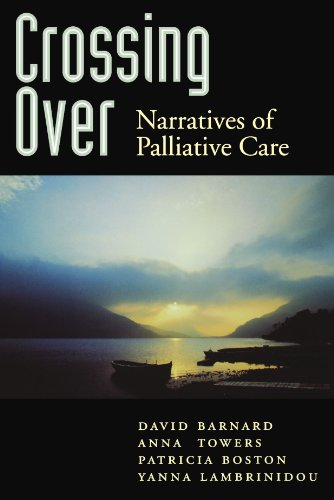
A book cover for Crossing Over: Narratives of Palliative Care; David Barnard; Medical Books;